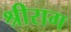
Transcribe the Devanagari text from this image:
श्रीराग